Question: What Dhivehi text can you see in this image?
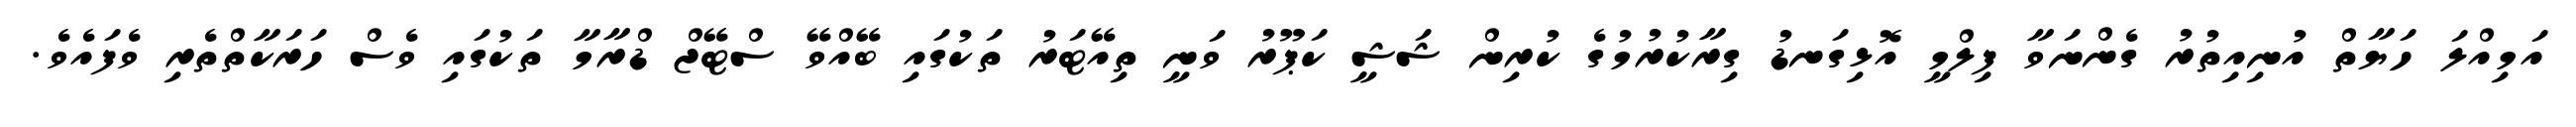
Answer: އަމިއްލަ ހަޔާތް އުނިއިތުރު ގެންނަވާ ފިލްމީ އޮޅިގަނޑު ގިރާކުރުމުގެ ކުރިން ޝަޝީ ކަޕޫރު ވަނީ ތިއޭޓަރު ތަކުގައި ބޭއްވޭ ސްޓޭޖް ޑްރާމާ ތަކުގައި ވެސް ހަރަކާތްތެރި ވެފައެވެ.